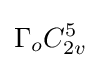
\Gamma _{o}C_{2v}^{5}